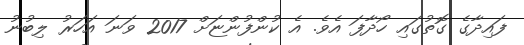
ފައިދާގެ ގޮތުގައި ހޯދާފަ އެވެ. އެ ކުންފުންޏަށް 2017 ވަނަ އަހަރު ލިބުނު